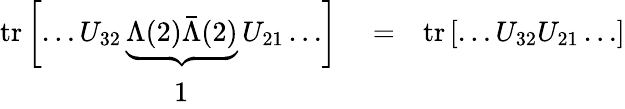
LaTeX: \begin{array}{rlr}{\mathrm{tr}\left[\dots U_{32}\underbrace{\Lambda(2)\bar{\Lambda}(2)}U_{21}\dots\right]}&{{}=}&{\mathrm{tr}\left[\dots U_{32}U_{21}\dots\right]}\\ {1\qquad\qquad\quad\ }&{{}}&{}\end{array}